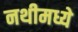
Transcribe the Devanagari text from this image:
नथीमध्ये